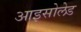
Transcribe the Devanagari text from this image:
आइसोलेड